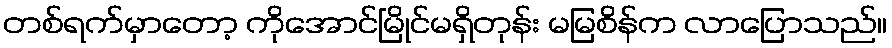
တစ်ရက်မှာတော့ ကိုအောင်မြိုင်မရှိတုန်း မမြစိန်က လာပြောသည်။